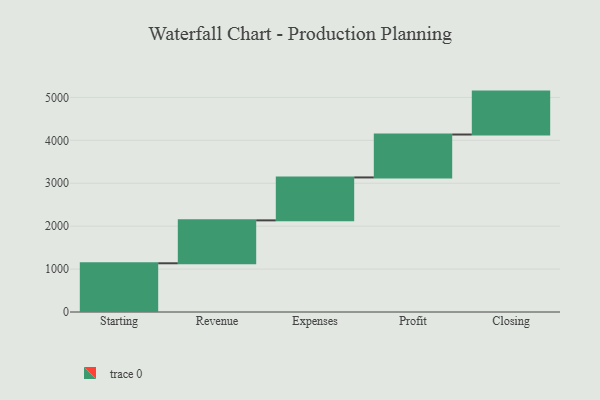
{"axis": {"x": "Step", "y": "Value"}, "legend": [""], "data": [{"x": "Starting", "y": 1135.0, "type": ""}, {"x": "Revenue", "y": 1000, "type": ""}, {"x": "Expenses", "y": 1000, "type": ""}, {"x": "Profit", "y": 1000, "type": ""}, {"x": "Closing", "y": 1000, "type": ""}]}